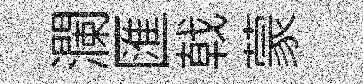
瀾匯戟蒙